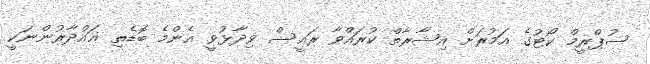
ސުޕްރީމް ކޯޓުގެ އަމުރަށް އިޝާރާތް ކުރައްވާ ރައީސް ވިދާޅުވީ އެންމެ ބޮޑެތި ޣައްދާރުންނަކީ